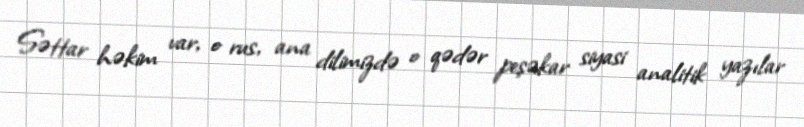
Səttar həkim var, o rus, ana dilimizdə o qədər peşəkar siyasi analitik yazılar